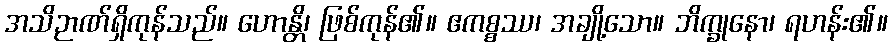
အသိဉာဏ်ရှိကုန်သည်။ ဟောန္တိ၊ ဖြစ်ကုန်၏။ ဧကစ္စဿ၊ အချို့သော။ ဘိက္ခုနော၊ ရဟန်း၏။